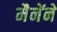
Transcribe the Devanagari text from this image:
मैनेंने